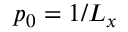
p _ { 0 } = 1 / L _ { x }